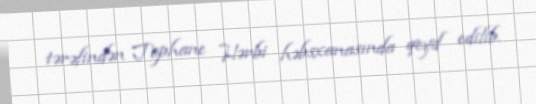
tərəfindən Tophane Hərbi həbsxanasında qeyd edilib.